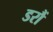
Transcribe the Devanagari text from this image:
डरौं